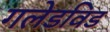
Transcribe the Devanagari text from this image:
गलेडविड